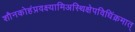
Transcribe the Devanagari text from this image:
शौनकोहंप्रवक्ष्यामिअस्थिक्षेपविधिंक्रमात्